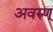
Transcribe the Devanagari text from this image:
अवरुण्